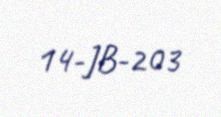
14-JB-203